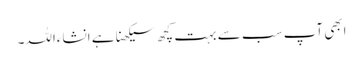
ابھی آپ سب سے بہت کچھ سیکھنا ہے انشاءاللہ۔